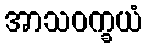
အာသဝက္ခယံ